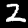
Digit: 2